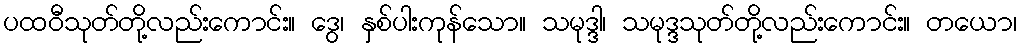
ပထဝီသုတ်တို့လည်းကောင်း။ ဒွေ၊ နှစ်ပါးကုန်သော။ သမုဒ္ဒါ၊ သမုဒ္ဒသုတ်တို့လည်းကောင်း။ တယော၊